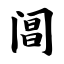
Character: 阊